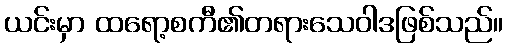
ယင်းမှာ ထရော့စကီ၏တရားသေဝါဒဖြစ်သည်။